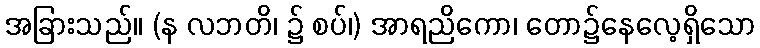
အခြားသည်။ (န လဘတိ၊ ၌ စပ်၊) အာရညိကော၊ တော၌နေလေ့ရှိသော